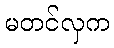
မတင်လှက